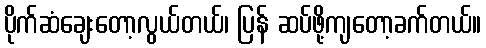
ပိုက်ဆံချေးတော့လွယ်တယ်၊ ပြန် ဆပ်ဖို့ကျတော့ခက်တယ်။